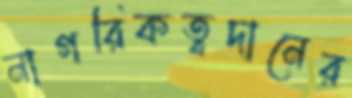
নাগরিকত্বদানের